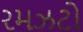
રમઝટો